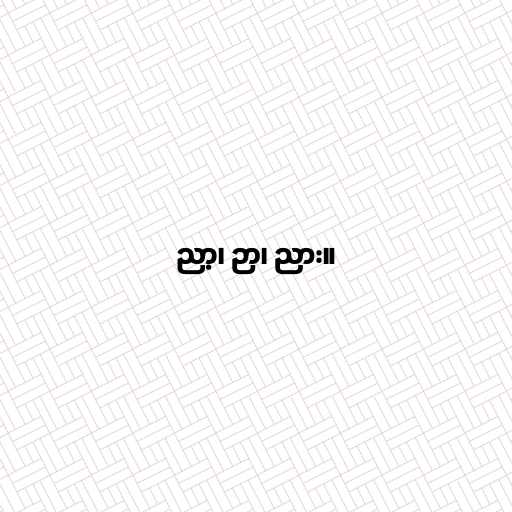
ညာ့၊ ဉာ၊ ညား။